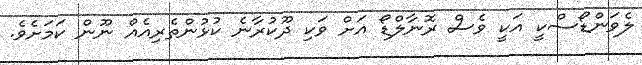
ލެވަންޑޯސްކީ އަކީ ވެސް ރޮނާލްޑޯ އަށް ވަކި ދޫކުރާނެ ކުޅުންތެރިއެއް ނޫން ކަމަށެވެ.